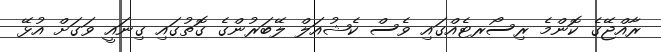
ރާއްޖޭގެ ކޮންމެ ރިސޯރޓެއްގައި ވެސް ކެޝުއަލް ލޭބަރުންގެ ގޮތުގައި ގިނައީ ވަގަށް އުޅޭ